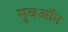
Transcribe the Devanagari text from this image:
मुवऑन